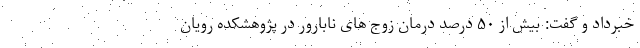
خبرداد و گفت: بیش از ۵۰ درصد درمان زوج های نابارور در پژوهشکده رویان